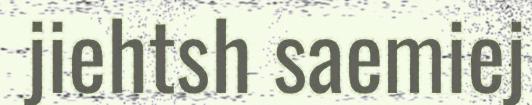
jiehtsh saemiej